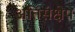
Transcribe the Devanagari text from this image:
अतिसंक्षेप